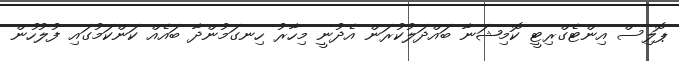
ޕޮލިސް އިންޓެގްރިޓީ ކޮމިޝަނާ ބައްދަލުކުރަން އެދުނީ މިހާރު ހިނގަމުންދާ ބައެއް ކަންކަމުގައި ފުލުހުން